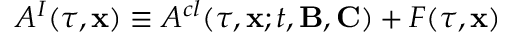
{ \cal A } ^ { I } ( \tau , { \bf x } ) \equiv { \cal A } ^ { c l } ( \tau , { \bf x } ; t , { \bf B } , { \bf C } ) + { \cal F } ( \tau , { \bf x } )